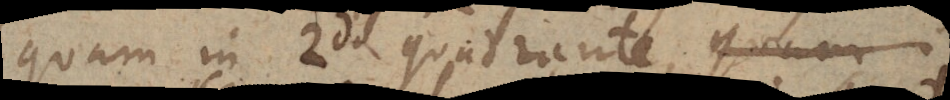
quam in 2do quadrante quam